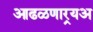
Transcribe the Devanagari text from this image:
आढळणार्‍यअ